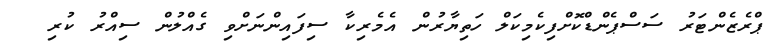
ޕްރެޒެންޓަރު ސަސްޕެންޑްކޮށްފިކެމިކަލް ހަތިޔާރުން އެމެރިކާ ސިފައިންނަށްވި ގެއްލުން ސިއްރު ކުރި